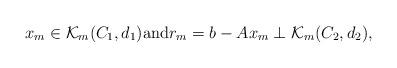
LaTeX: \begin{align*}x_{m}\in \mathcal{K}_{m}(C_{1},d_{1})\mbox{and}r_{m}=b-Ax_{m}\perp \mathcal{K}_{m}(C_{2},d_{2}), \end{align*}